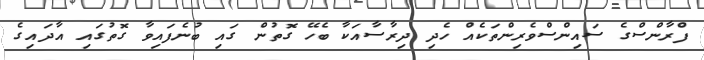
ފްރާންސްގެ ސައިންސްވެރިންތަކެއް ހެދި ދިރާސާއަކާ ބެހޭ ގޮތުން ގައި ބުނެފައިވާ ގޮތުގައި އާދައިގެ